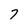
Character: 7